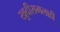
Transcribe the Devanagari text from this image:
खुदीरामलाही